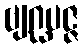
ဗျဂ္ဃပဇ္ဇ